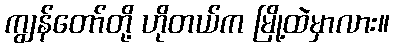
ကျွန်တော်တို့ ဟိုတယ်က မြို့ထဲမှာလား။